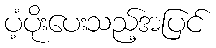
ပံ့ပိုးပေးသည့်အပြင်